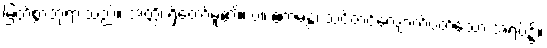
မြတ်စွာဘုရားသည်။ အတ္ထိ၊ ရှိတော်မူ၏။ ပ။ ဧကမန္တံ၊ သင့်တင့်လျောက်ပတ်သော အရပ်၌။